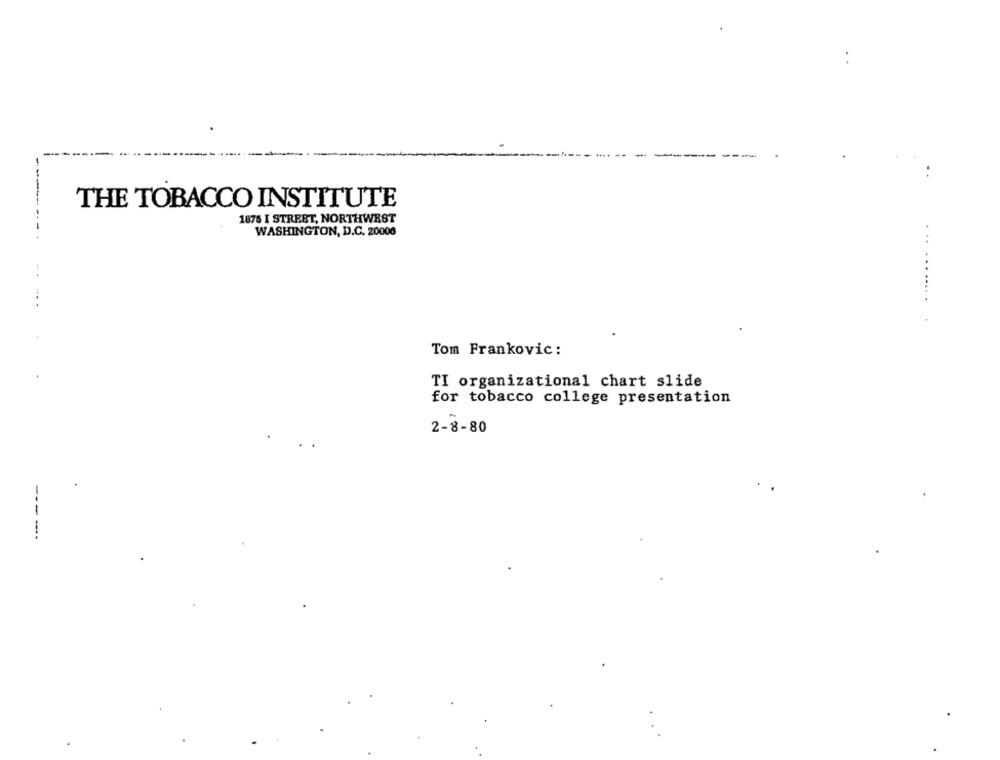
THE TOBACCO INSTITUTE
1876 I STREET, NORTHWEST
WASHINGTON, D.C. 20006
Tom Frankovic :
TI organizational chart slide
for tobacco college presentation
2-8-80
-..